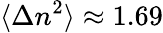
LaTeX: \langle\Delta n^{2}\rangle\approx 1.69